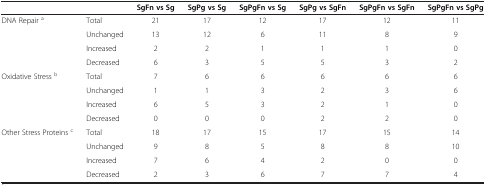
<table><thead><tr><td><b> </b></td><td><b> </b></td><td><b>SgFn vs Sg</b></td><td><b>SgPg vs Sg</b></td><td><b>SgPgFn vs Sg</b></td><td><b>SgPg vs SgFn</b></td><td><b>SgPgFn vs SgFn</b></td><td><b>SgPgFn vs SgPg</b></td></tr></thead><tbody><tr><td rowspan="4">DNA Repair <sup>a</sup></td><td>Total</td><td>21</td><td>17</td><td>12</td><td>17</td><td>12</td><td>11</td></tr><tr><td>Unchanged</td><td>13</td><td>12</td><td>6</td><td>11</td><td>8</td><td>9</td></tr><tr><td>Increased</td><td>2</td><td>2</td><td>1</td><td>1</td><td>1</td><td>0</td></tr><tr><td>Decreased</td><td>6</td><td>3</td><td>5</td><td>5</td><td>3</td><td>2</td></tr><tr><td rowspan="4">Oxidative Stress <sup>b</sup></td><td>Total</td><td>7</td><td>6</td><td>6</td><td>6</td><td>6</td><td>6</td></tr><tr><td>Unchanged</td><td>1</td><td>1</td><td>3</td><td>2</td><td>3</td><td>6</td></tr><tr><td>Increased</td><td>6</td><td>5</td><td>3</td><td>2</td><td>1</td><td>0</td></tr><tr><td>Decreased</td><td>0</td><td>0</td><td>0</td><td>2</td><td>2</td><td>0</td></tr><tr><td rowspan="4">Other Stress Proteins <sup>c</sup></td><td>Total</td><td>18</td><td>17</td><td>15</td><td>17</td><td>15</td><td>14</td></tr><tr><td>Unchanged</td><td>9</td><td>8</td><td>5</td><td>8</td><td>8</td><td>10</td></tr><tr><td>Increased</td><td>7</td><td>6</td><td>4</td><td>2</td><td>0</td><td>0</td></tr><tr><td>Decreased</td><td>2</td><td>3</td><td>6</td><td>7</td><td>7</td><td>4</td></tr></tbody></table>